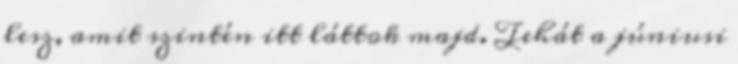
lesz, amit szintén itt láttok majd. Tehát a júniusi